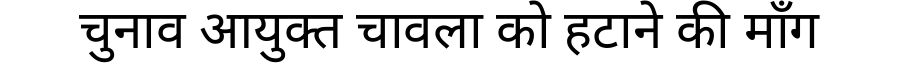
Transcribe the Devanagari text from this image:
चुनाव आयुक्त चावला को हटाने की माँग